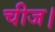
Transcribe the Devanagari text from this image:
चीज।